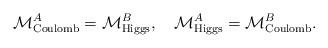
LaTeX: \begin{align*}\mathcal{M}^A_{\mathrm{Coulomb}} = \mathcal{M}^B_{\mathrm{Higgs}}, \ \ \ \mathcal{M}^A_{\mathrm{Higgs}} = \mathcal{M}^B_{\mathrm{Coulomb}}.\end{align*}